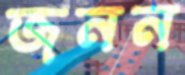
জনন